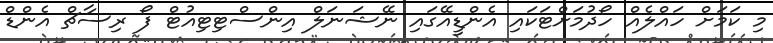
މި ކަމަށް ހައްލެއް ހޯދުމަށްޓަކައި އެންޑީއޭގައި ނޭޝަނަލް އިންސްޓިޓިއުޓް ފޯ ރިސާޗް އެންޑް